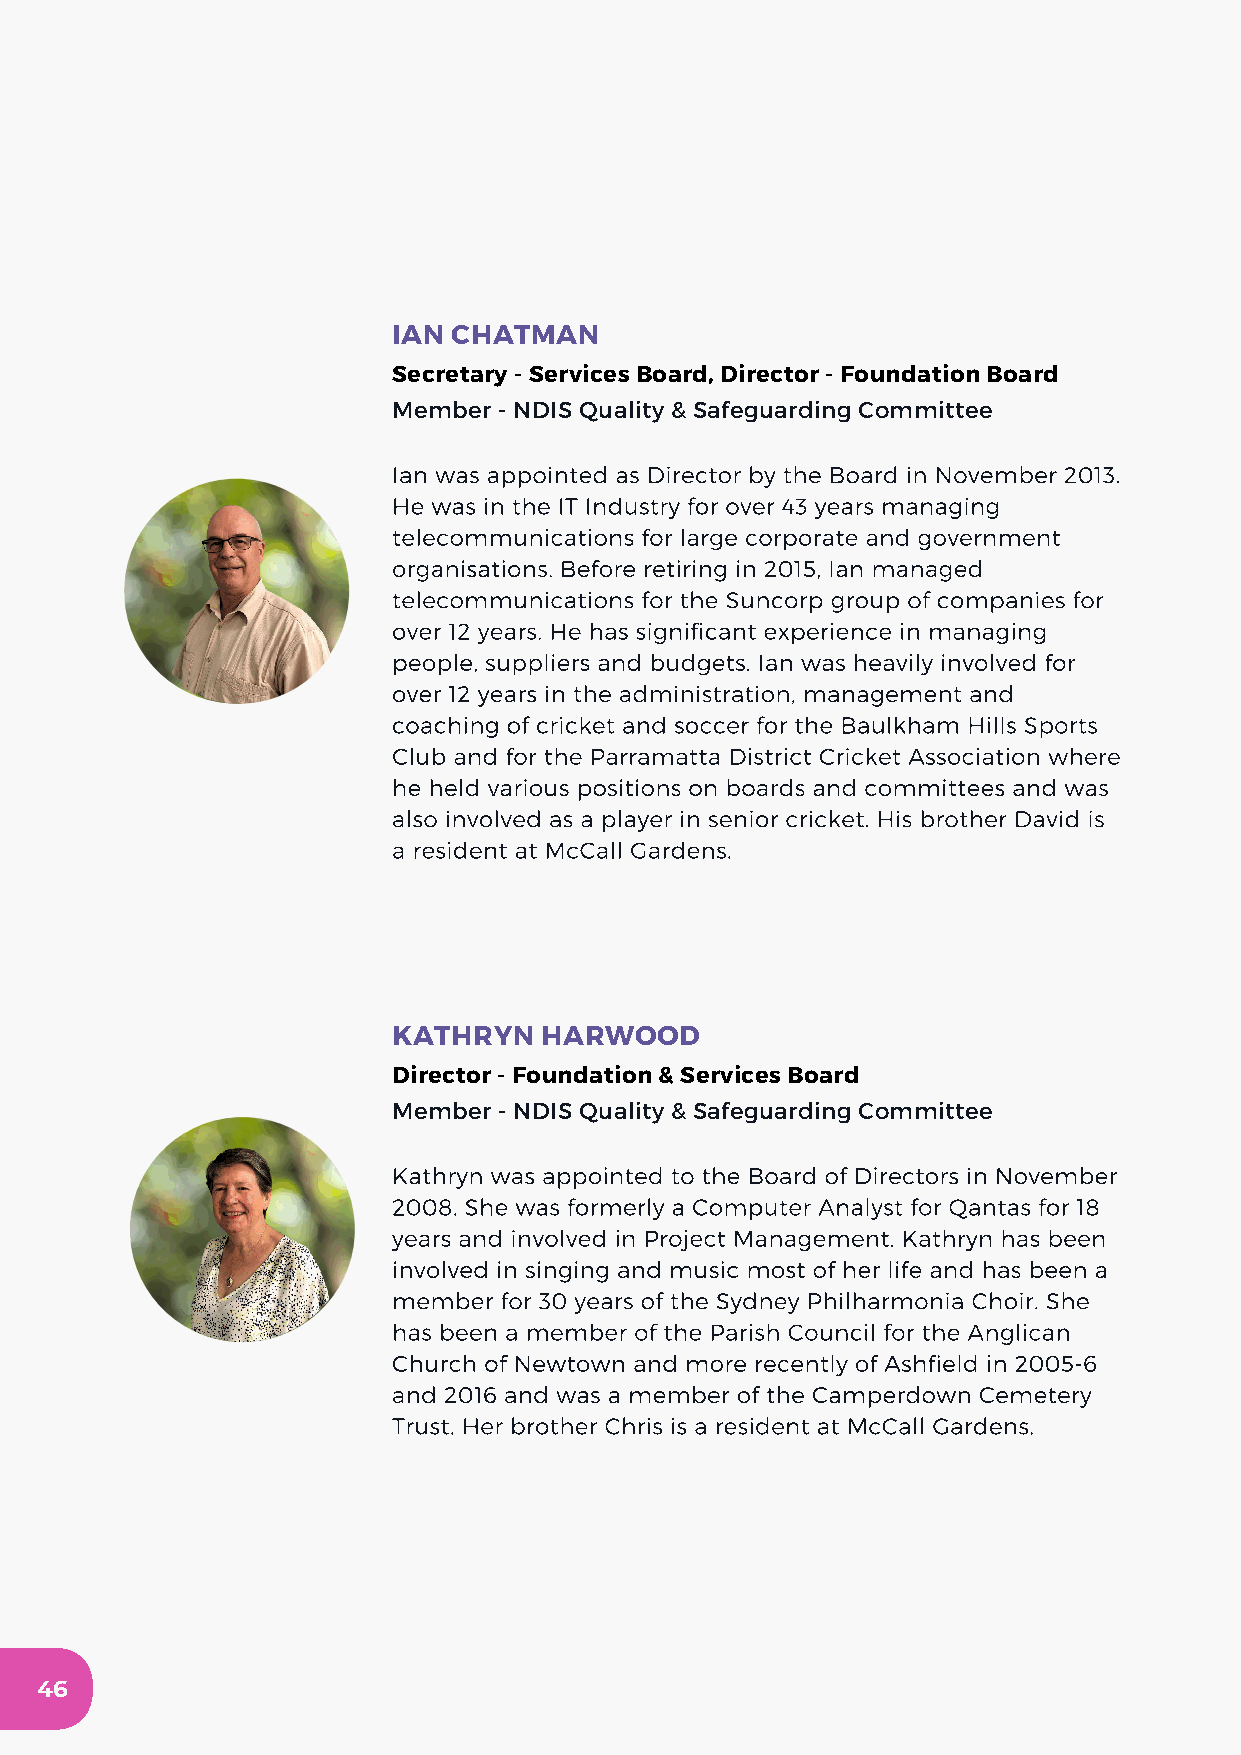
IAN CHATMAN
 Secretary - Services Board, Director - Foundation Board
 Member - NDIS Quality & Safeguarding Committee
 Ian was appointed as Director by the Board in November 2013.
 He was in the IT Industry for over 43 years managing
 telecommunications for large corporate and government
 organisations. Before retiring in 2015, Ian managed
 telecommunications for the Suncorp group of companies for
 over 12 years. He has significant experience in managing
 people, suppliers and budgets. Ian was heavily involved for
 over 12 years in the administration, management and
 coaching of cricket and soccer for the Baulkham Hills Sports
 Club and for the Parramatta District Cricket Association where
 he held various positions on boards and committees and was
 also involved as a player in senior cricket. His brother David is
 a resident at McCall Gardens.
 KATHRYN   HARWOOD
 Director - Foundation & Services Board
 Member - NDIS Quality & Safeguarding Committee
 Kathryn was appointed to the Board of Directors in November
 2008. She was formerly a Computer Analyst for Qantas for 18
 years and involved in Project Management. Kathryn has been
 involved in singing and music most of her life and has been a
 member for 30 years of the Sydney Philharmonia Choir. She
 has been a member of the Parish Council for the Anglican
 Church of Newtown and more recently of Ashfield in 2005-6
 and 2016 and was a member of the Camperdown Cemetery
 Trust. Her brother Chris is a resident at McCall Gardens.
 46